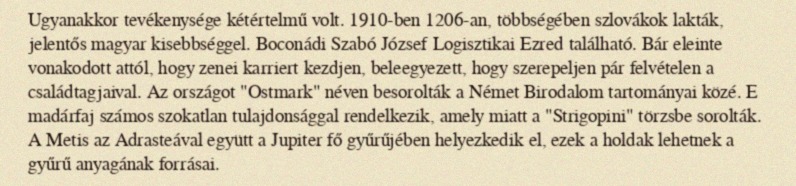
Ugyanakkor tevékenysége kétértelmű volt. 1910-ben 1206-an, többségében szlovákok lakták, jelentős magyar kisebbséggel. Boconádi Szabó József Logisztikai Ezred található. Bár eleinte vonakodott attól, hogy zenei karriert kezdjen, beleegyezett, hogy szerepeljen pár felvételen a családtagjaival. Az országot "Ostmark" néven besorolták a Német Birodalom tartományai közé. E madárfaj számos szokatlan tulajdonsággal rendelkezik, amely miatt a "Strigopini" törzsbe sorolták. A Metis az Adrasteával együtt a Jupiter fő gyűrűjében helyezkedik el, ezek a holdak lehetnek a gyűrű anyagának forrásai.